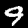
Label: 9